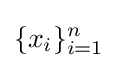
\{x_{i}\}_{i=1}^{n}